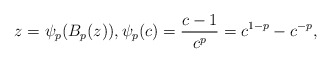
\begin{align*}z = \psi_p( B_p(z)), \psi_p(c) = \frac{c-1}{c^p} = c^{1-p}-c^{-p},\end{align*}